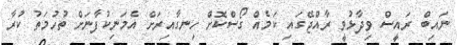
ނައިބް ރައީސް ވިދާޅުވީ ރާއްޖޭގައި ކަމެއް ގޯސްކޮށް ހިނގާއިރަށް އެމަނިކުފާނަށް ތުހުމަތު ކުރާ